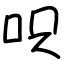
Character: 呮